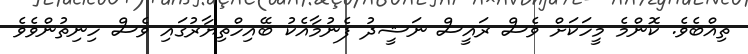
ތިއްބެވެ. ކޮންމެ މީހަކަށް ވެސް ރައީސް ނަޝީދު ފެނުމާއެކު ބޭއިހްތިޔާރުގައި ވެސް ހިނިތުންވެވެ